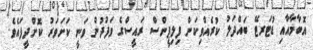
އޮބާމާއާއި ޑުޓަރޓޭ ބައްދަލު ކުރެއްވިކަން ފިލިޕީންސް ރައީސްގެ ވަފުދުން ވަނީ ކަށަވަރު ކޮށްދީފައެވެ.